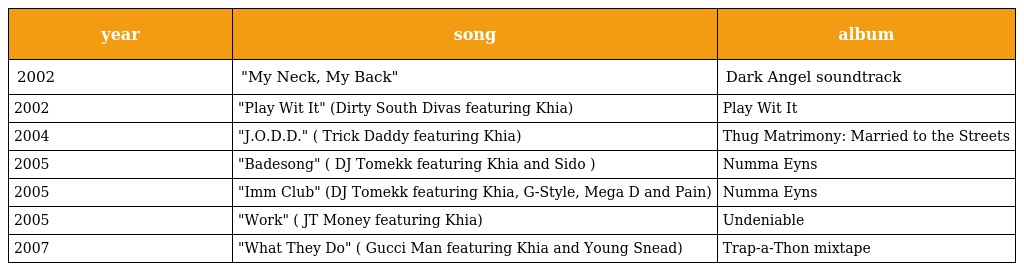
| year | song | album |
 | --- | --- | --- |
 | 2002 | "My Neck, My Back" | Dark Angel soundtrack |
 | 2002 | "Play Wit It" (Dirty South Divas featuring Khia) | Play Wit It |
 | 2004 | "J.O.D.D." ( Trick Daddy featuring Khia) | Thug Matrimony: Married to the Streets |
 | 2005 | "Badesong" ( DJ Tomekk featuring Khia and Sido ) | Numma Eyns |
 | 2005 | "Imm Club" (DJ Tomekk featuring Khia, G-Style, Mega D and Pain) | Numma Eyns |
 | 2005 | "Work" ( JT Money featuring Khia) | Undeniable |
 | 2007 | "What They Do" ( Gucci Man featuring Khia and Young Snead) | Trap-a-Thon mixtape |